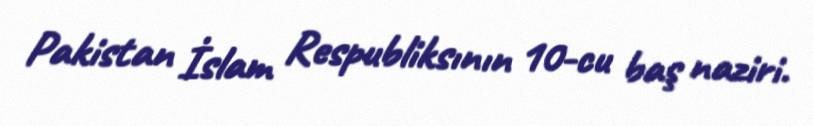
Pakistan İslam Respubliksının 10-cu baş naziri.